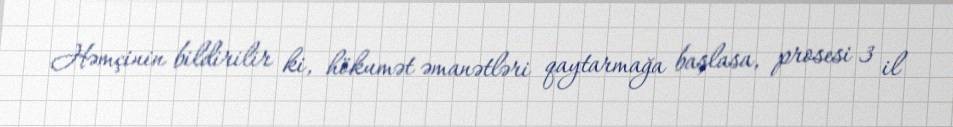
Həmçinin bildirilir ki, hökumət əmanətləri qaytarmağa başlasa, prosesi 3 il